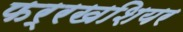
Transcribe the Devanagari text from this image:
फर्रखशियर